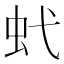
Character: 𧈺